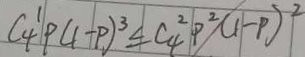
C _ { 4 } ^ { 1 } P ( 1 - p ) ^ { 3 } \leq C _ { 4 } ^ { 2 } P ^ { 2 } ( 1 - P ) ^ { 2 }